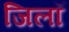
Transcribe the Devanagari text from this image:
जिलॉ